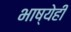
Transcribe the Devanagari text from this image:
भाष्येही